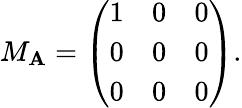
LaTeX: M_{\mathbf{A}}=\left(\begin{array}{ccc}{{1}}&{{0}}&{{0}}\\ {{0}}&{{0}}&{{0}}\\ {{0}}&{{0}}&{{0}}\end{array}\right).